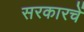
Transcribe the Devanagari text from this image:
सरकारचें